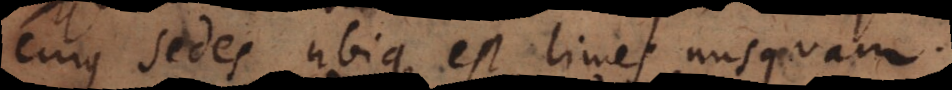
cujus sedes ubique est limes nusquam.